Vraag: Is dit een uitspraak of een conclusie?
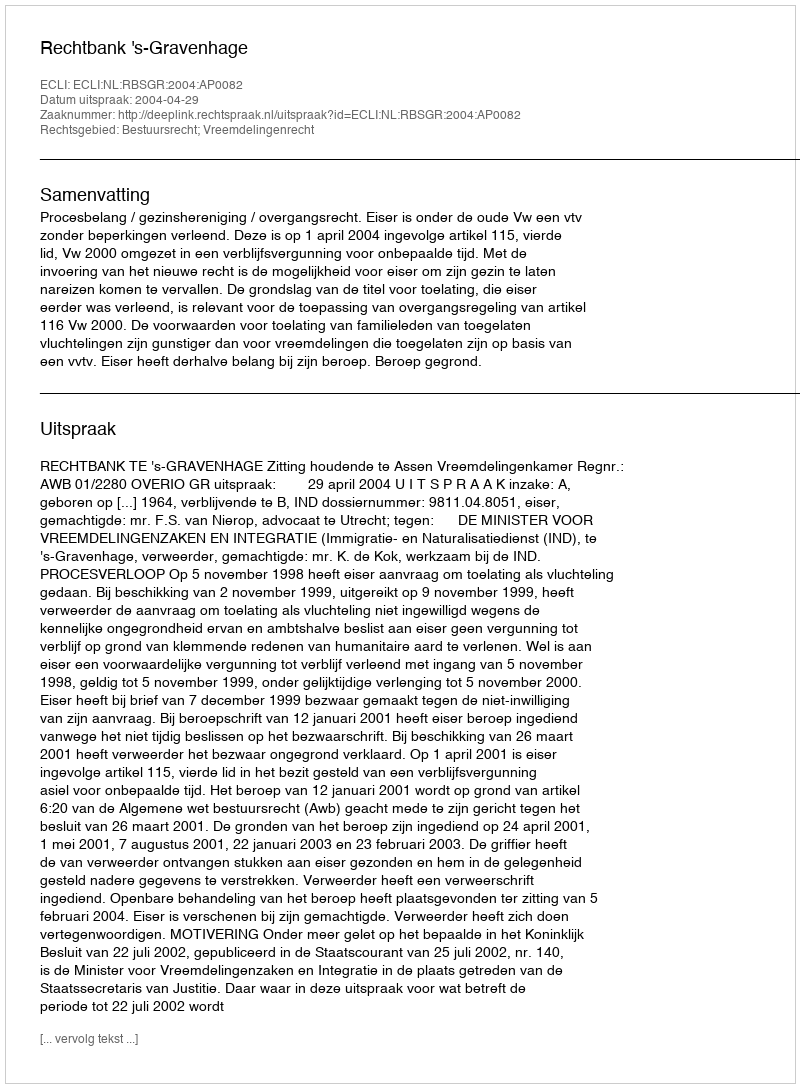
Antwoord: Uitspraak